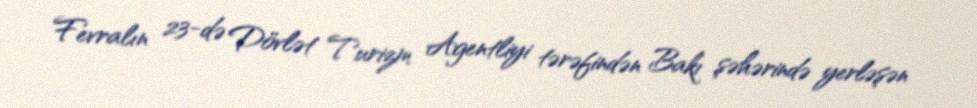
Fevralın 23-də Dövlət Turizm Agentliyi tərəfindən Bakı şəhərində yerləşən